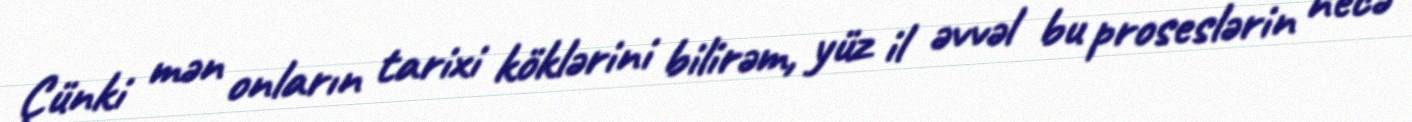
Çünki mən onların tarixi köklərini bilirəm, yüz il əvvəl bu proseslərin necə